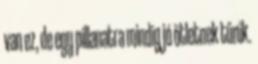
van ez, de egy pillanatra mindig jó ötletnek tűnik.